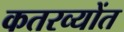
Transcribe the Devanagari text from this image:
कतरव्योंत